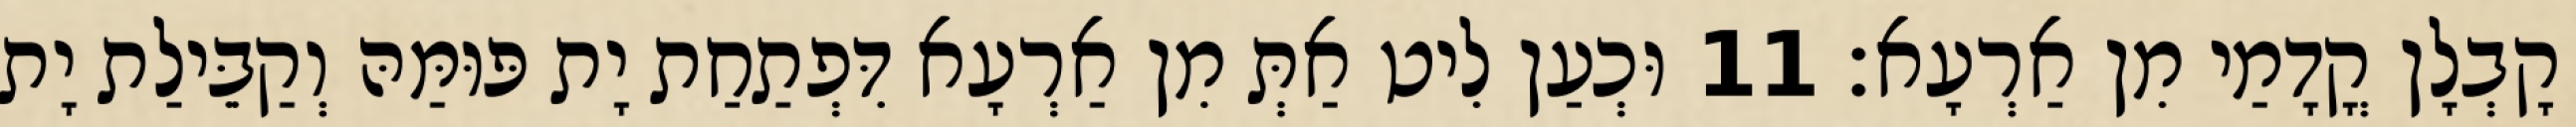
קָבְלָן קֳדָמַי מִן אַרְעָא׃ 11 וּכְעַן לִיט אַתְּ מִן אַרְעָא דִּפְתַחַת יָת פּוּמַּהּ וְקַבֵּילַת יָת